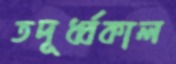
তদূর্ধ্বকাল